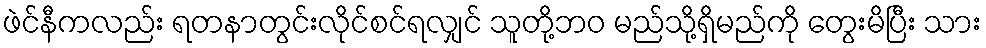
ဖဲင်နီကလည်း ရတနာတွင်းလိုင်စင်ရလျှင် သူတို့ဘဝ မည်သို့ရှိမည်ကို တွေးမိပြီး သား